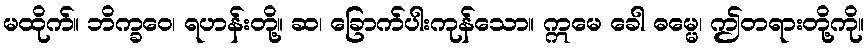
မထိုက်။ ဘိက္ခဝေ၊ ရဟန်းတို့။ ဆ၊ ခြောက်ပါးကုန်သော။ ဣမေ ခေါ ဓမ္မေ၊ ဤတရားတို့ကို။